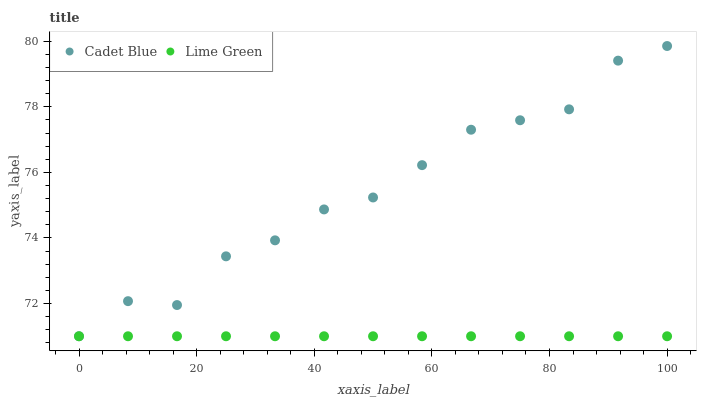
| xaxis_label | Cadet Blue | Lime Green |
 | --- | --- | --- |
 | 0 | 71 | 71 |
 | 8.33 | 72.1 | 71 |
 | 16.7 | 72 | 71 |
 | 25 | 73.4 | 71 |
 | 33.3 | 73.9 | 71 |
 | 41.7 | 74.9 | 71 |
 | 50 | 75.2 | 71 |
 | 58.3 | 76.2 | 71 |
 | 66.7 | 77.3 | 71 |
 | 75 | 77.6 | 71 |
 | 83.3 | 77.9 | 71 |
 | 91.7 | 79.4 | 71 |
 | 100 | 79.9 | 71 |